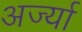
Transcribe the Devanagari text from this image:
अर्ज्या